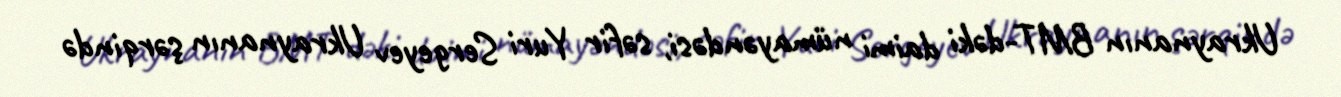
Ukraynanın BMT-dəki daimi nümayəndəsi, səfir Yuri Sergeyev Ukraynanın şərqində